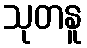
သုတနူ